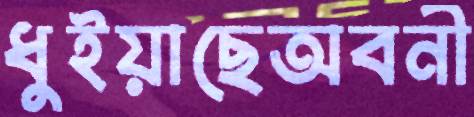
ধুইয়াছেঅবনী